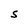
Character: S